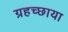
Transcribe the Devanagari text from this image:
ग्रहच्छाया